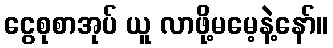
ငွေစုစာအုပ် ယူ လာဖို့မမေ့နဲ့နော်။